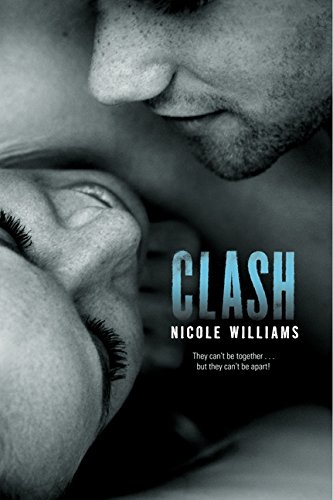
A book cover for Clash (Crash); Nicole Williams; Teen & Young Adult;